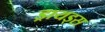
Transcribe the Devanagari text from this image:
ड्रायड्स